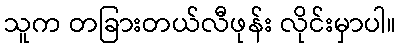
သူက တခြားတယ်လီဖုန်း လိုင်းမှာပါ။